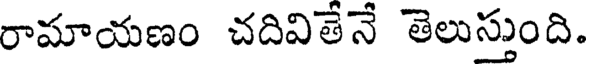
రామాయణం చదివితేనే తెలుస్తుంది.